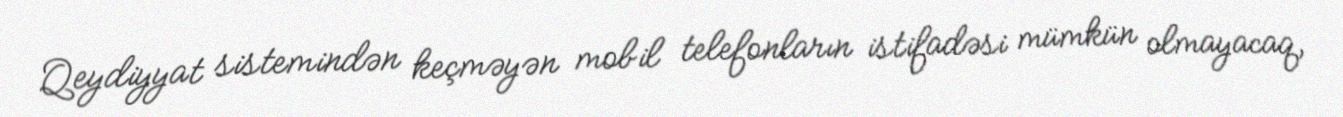
Qeydiyyat sistemindən keçməyən mobil telefonların istifadəsi mümkün olmayacaq,